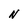
Character: N